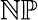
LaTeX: \mathbb{NP}